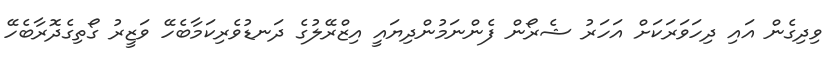
ވިދިގެން އައި ދިހަވަރަކަށް އަހަރު ޝެރޯން ފެންނަމުންދިޔައީ އިޒްރޭލުގެ ދަނޑުވެރިކަމާބެހޭ ވަޒީރު ގޯތިގެދޮރާބެހޭ